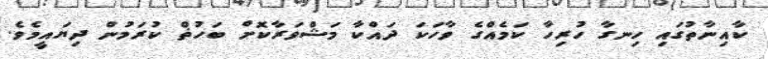
ކާއިނާތުގައި ހިނގާ ހުރިހާ ކަމެއްގެ ވާހަކަ ދައްކާ މަޝްވަރާކޮށް ބަހުޡް ކުރަމުން ދިޔައީމެވެ.